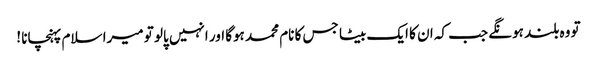
تو وہ بلند ہونگے جب کہ ان کا ایک بیٹا جس کا نام محمد ہوگا اور انہیں پالو تو میرا سلام پہنچانا !